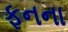
ફનના